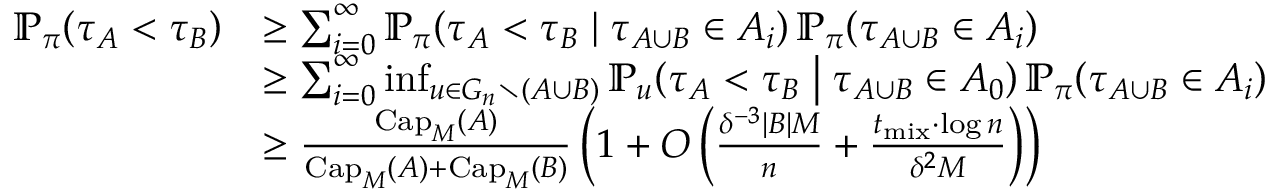
\begin{array} { r l } { \mathbb { P } _ { \pi } \! \left( \tau _ { A } < \tau _ { B } \right) } & { \geq \sum _ { i = 0 } ^ { \infty } \mathbb { P } _ { \pi } \! \left( \tau _ { A } < \tau _ { B } \; \middle \vert \; \tau _ { A \cup B } \in A _ { i } \right) \mathbb { P } _ { \pi } \! \left( \tau _ { A \cup B } \in A _ { i } \right) } \\ & { \geq \sum _ { i = 0 } ^ { \infty } \operatorname* { i n f } _ { u \in G _ { n } \setminus ( A \cup B ) } \mathbb { P } _ { u } \! \left( \tau _ { A } < \tau _ { B } \; \middle \vert \; \tau _ { A \cup B } \in A _ { 0 } \right) \mathbb { P } _ { \pi } \! \left( \tau _ { A \cup B } \in A _ { i } \right) } \\ & { \geq \frac { \mathrm { C a p } _ { M } ( A ) } { \mathrm { C a p } _ { M } ( A ) + \mathrm { C a p } _ { M } ( B ) } \left( 1 + O \left( \frac { \delta ^ { - 3 } | B | M } { n } + \frac { t _ { \mathrm { m i x } } \cdot \log n } { \delta ^ { 2 } M } \right) \right) } \end{array}